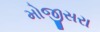
મોજીસરા